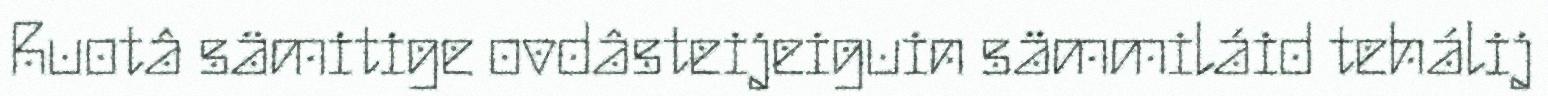
Ruotâ sämitige ovdâsteijeiguin sämmiláid tehálij